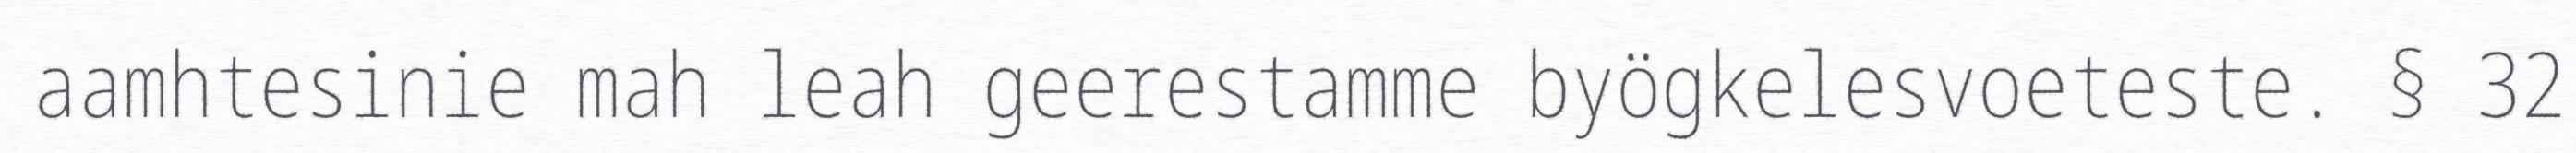
aamhtesinie mah leah geerestamme byögkelesvoeteste. § 32